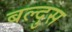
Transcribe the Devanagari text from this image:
बल्दुस